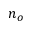
n _ { o }